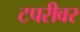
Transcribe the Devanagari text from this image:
टपरीवर